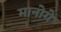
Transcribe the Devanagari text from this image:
मानोगे